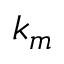
k _ { m }